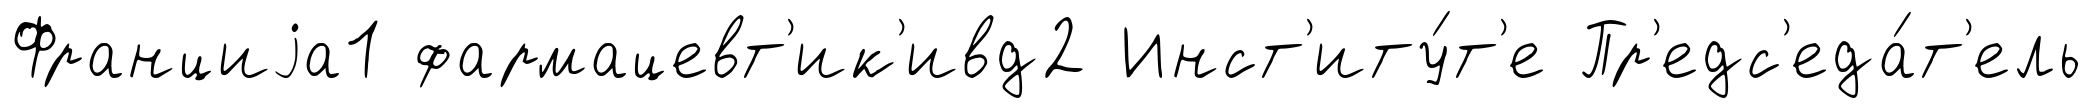
Франциjа1 фармацевт'ик'ивд2 Инст'иту́т'е Пр'едс'еда́т'ель